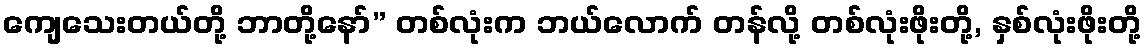
ကျေသေးတယ်တို့ ဘာတို့နော်” တစ်လုံးက ဘယ်လောက် တန်လို့ တစ်လုံးဖိုးတို့, နှစ်လုံးဖိုးတို့